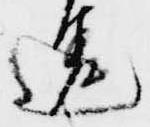
違